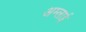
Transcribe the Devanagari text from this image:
अम्लाई